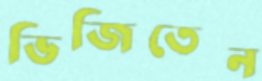
ভিজিতেন